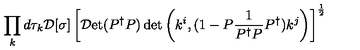
\displaystyle \prod _ { k } d \tau _ { k } { \cal D } [ \sigma ] \left[ { \cal D } \mathrm { e t } ( P ^ { \dag } P ) \det \left( k ^ { i } , ( 1 - P \frac { 1 } { P ^ { \dag } P } P ^ { \dag } ) k ^ { j } \right) \right] ^ { \frac { 1 } { 2 } }